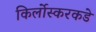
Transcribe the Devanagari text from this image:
किर्लोस्करकडे